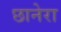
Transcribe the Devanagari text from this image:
छानेरा